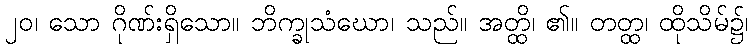
၂၀၊ သော ဂိုဏ်းရှိသော။ ဘိက္ခုသံဃော၊ သည်။ အတ္ထိ၊ ၏။ တတ္ထ၊ ထိုသိမ်၌၊